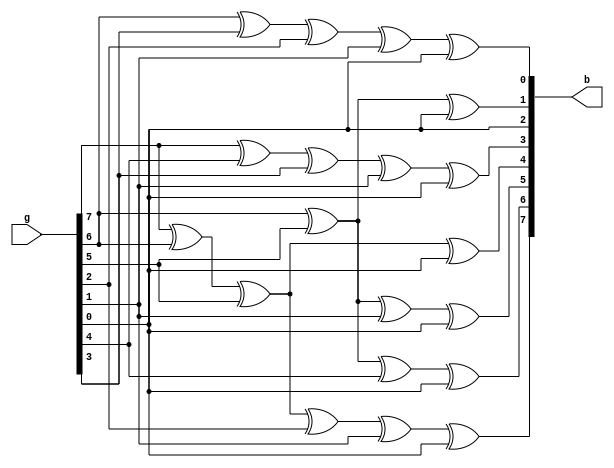
`timescale 1ns / 1ps
//////////////////////////////////////////////////////////////////////////////////
// Company: 
// Engineer: 
// 
// Design Name: 
// Module Name: FMap
// Project Name: 
// Target Devices: 
// Tool Versions: 
// Description: 
// 
// Dependencies: 
// 
// Revision:
// Revision 0.01 - File Created
// Additional Comments:
// 
//////////////////////////////////////////////////////////////////////////////////

//verrified X^-1 checked again 1
module FMap(b,g);
input [7:0] g;                  // input byte
output [7:0] b;                 // output after Mapping 
//-------------------------------------------------------
 assign b[7]=g[7]^g[6]^g[5]^g[2]^g[1]^g[0];
 assign b[6]=g[6]^g[5]^g[4]^g[0];
 assign b[5]=g[6]^g[5]^g[1]^g[0];
 assign b[4]=g[7]^g[6]^g[5]^g[0];
 assign b[3]=g[7]^g[4]^g[3]^g[1]^g[0];
 assign b[2]=g[0];
 assign b[1]=g[6]^g[5]^g[0];
 assign b[0]=g[6]^g[3]^g[2]^g[1]^g[0];
 //--------------------------------------------------------
endmodule